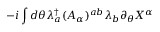
- i \int d \theta \lambda _ { a } ^ { \dag } ( A _ { \alpha } ) ^ { a b } \lambda _ { b } \partial _ { \theta } X ^ { \alpha }